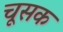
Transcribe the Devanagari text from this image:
चूसक